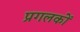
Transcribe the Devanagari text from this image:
प्रगलकों